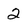
Character: 2